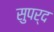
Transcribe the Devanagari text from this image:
सुपर्द